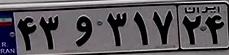
۴۳و۳۱۷۲۴